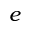
e